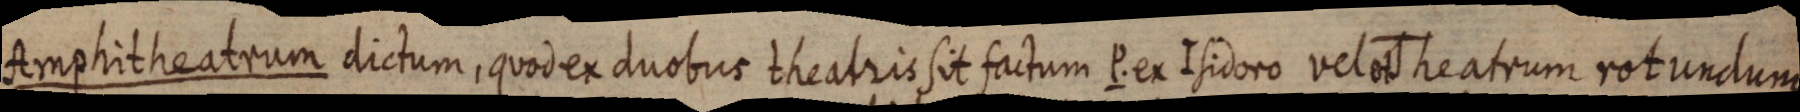
Amphitheatrum dictum, quod ex duobus theatris sit factum P. ex Isidoro vel Theatrum rotundum